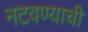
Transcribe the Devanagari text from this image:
नटवण्याची